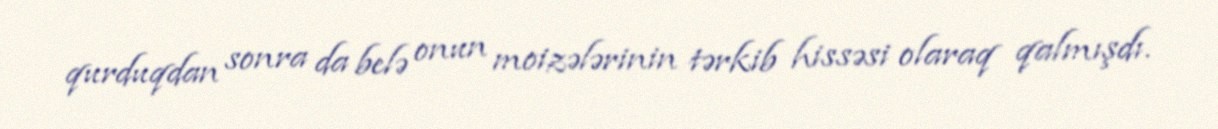
qurduqdan sonra da belə onun moizələrinin tərkib hissəsi olaraq qalmışdı.